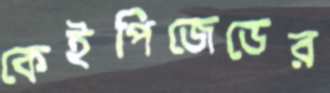
কেইপিজেডের